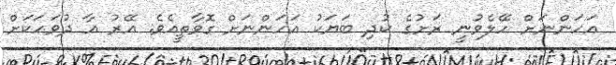
އަހަންނަށް ހޭލެވުނީ ރަށުގެ ކުދި ބަޔަކު އަހަންނަށް ގޮވާތީއެވެ. އޭރު އާ ދުވަހަކަށް